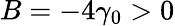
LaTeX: B=-4\gamma_{0}>0